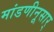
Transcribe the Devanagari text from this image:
मांडणीनूसार्